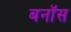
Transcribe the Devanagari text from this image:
बनॉस